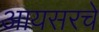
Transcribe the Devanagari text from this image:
आयसरचे